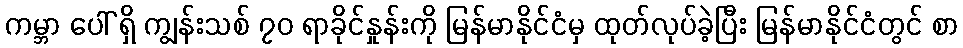
ကမ္ဘာ ပေါ် ရှိ ကျွန်းသစ် ၇၀ ရာခိုင်နှုန်းကို မြန်မာနိုင်ငံမှ ထုတ်လုပ်ခဲ့ပြီး မြန်မာနိုင်ငံတွင် စာ